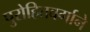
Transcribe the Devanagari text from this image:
पुरोहितवर्गाने